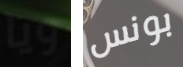
ويا بونس